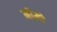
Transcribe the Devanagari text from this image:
मीमो